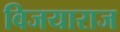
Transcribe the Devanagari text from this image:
विजयाराज